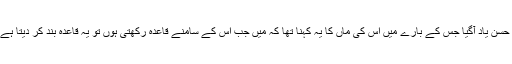
یادوں کے اگلے منظر میں مجھے جاذب حسن یاد آگیا جس کے بارے میں اس کی ماں کا یہ کہنا تھا کہ مَیں جب اس کے سامنے قاعدہ رکھتی ہوں تو یہ قاعدہ بند کر دیتا ہے اور کہتا ہے کہ مَیں نے کرکٹر بننا ہے۔